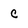
Character: c